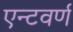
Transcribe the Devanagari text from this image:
एन्टवर्ण